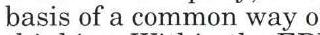
basis of a common way